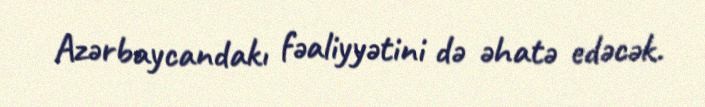
Azərbaycandakı fəaliyyətini də əhatə edəcək.